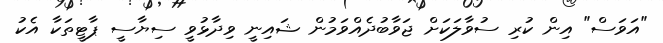
"އަވަސް" އިން ކުރި ސުވާލަކަށް ޖަވާބުދެއްވަމުން ޝައިނީ ވިދާޅުވީ ސިޔާސީ ޕާޓީތަކާ އެކު